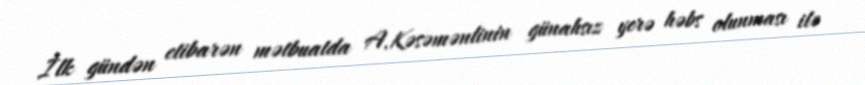
İlk gündən etibarən mətbuatda A.Kəsəmənlinin günahsız yerə həbs olunması ilə